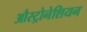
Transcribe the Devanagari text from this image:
औस्ट्रोनेशियन